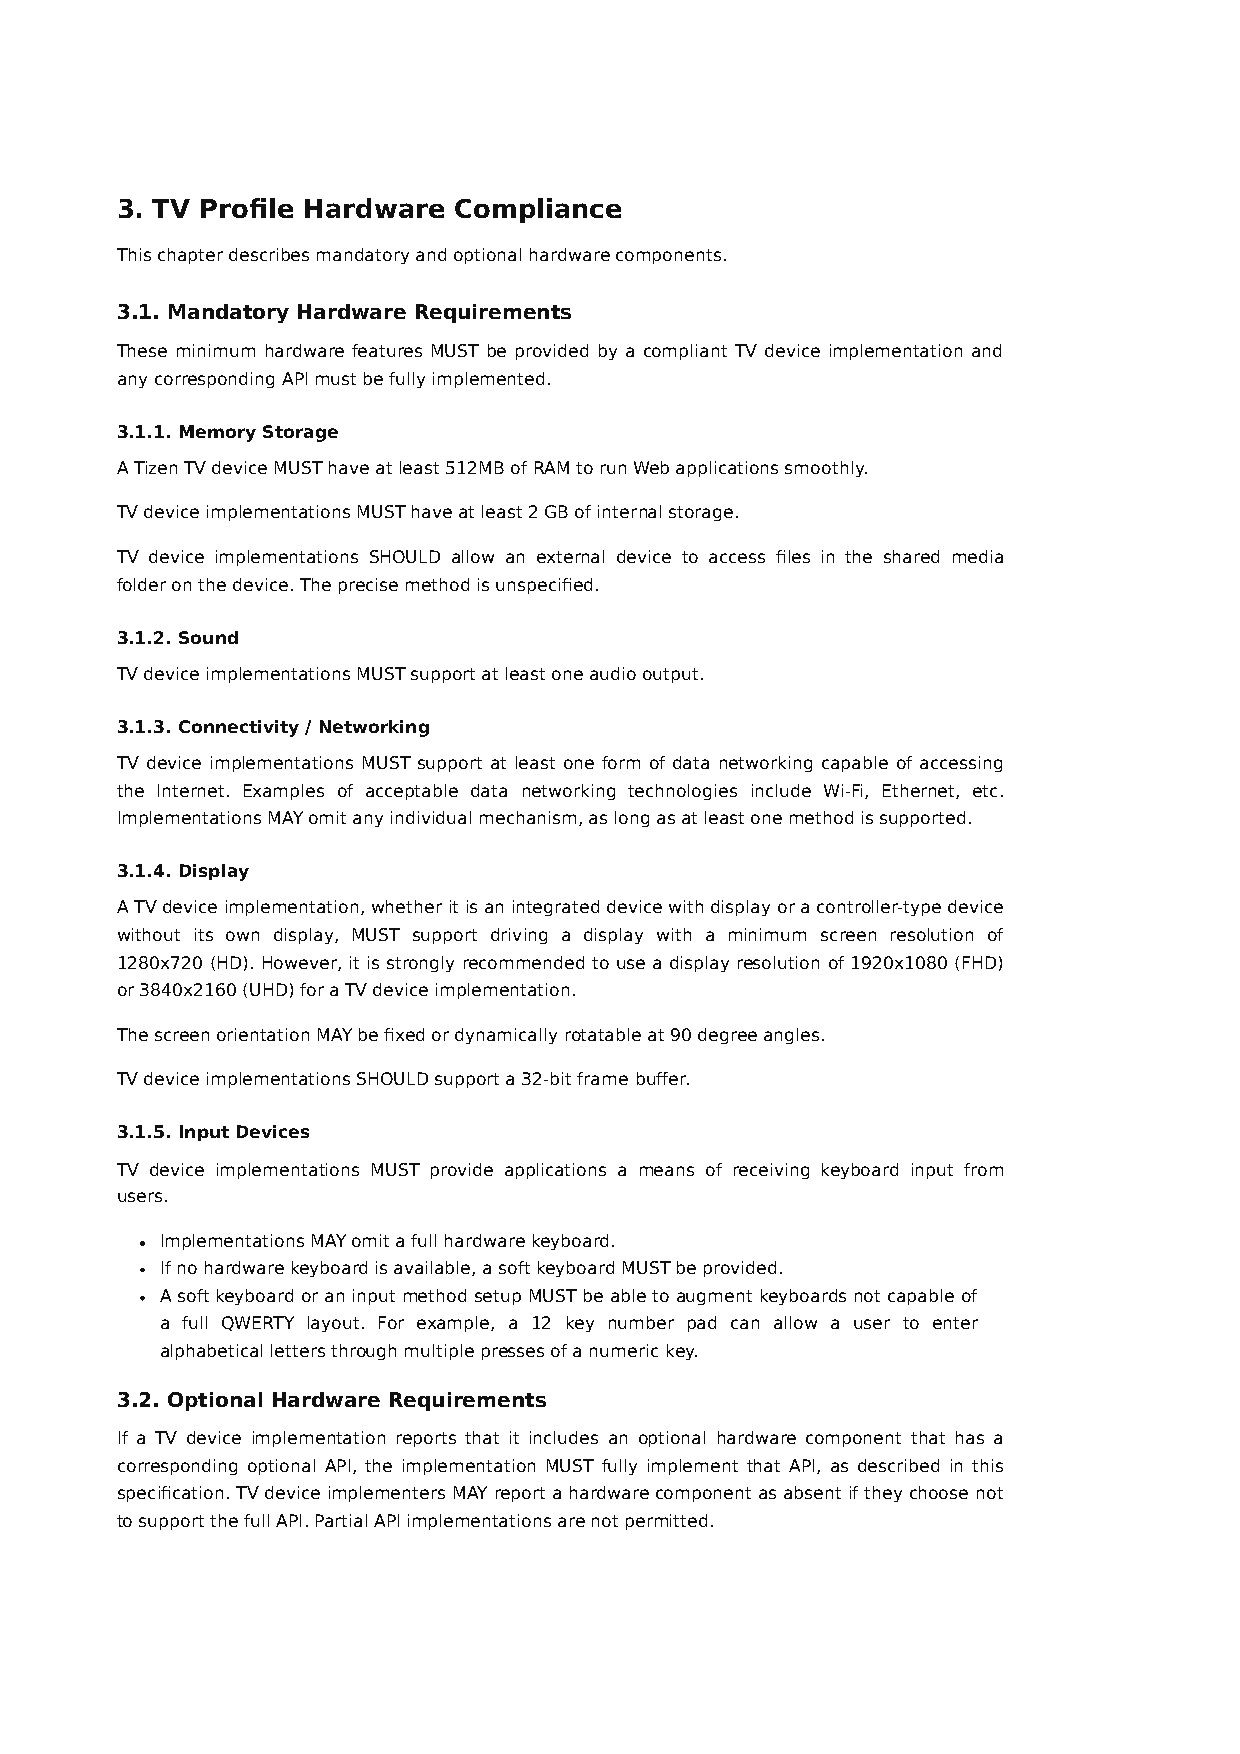
3. TV Profile Hardware Compliance
 This chapter describes mandatory and optional hardware components.
 3.1. Mandatory Hardware Requirements
 These minimum hardware features MUST be provided by a compliant TV device implementation and
 any corresponding API must be fully implemented.
 3.1.1. Memory Storage
 A Tizen TV device MUST have at least 512MB of RAM to run Web applications smoothly.
 TV device implementations MUST have at least 2 GB of internal storage.
 TV device implementations SHOULD allow an external device to access files in the shared media
 folder on the device. The precise method is unspecified.
 3.1.2. Sound
 TV device implementations MUST support at least one audio output.
 3.1.3. Connectivity / Networking
 TV device implementations MUST support at least one form of data networking capable of accessing
 the Internet. Examples of acceptable data networking technologies include Wi-Fi, Ethernet, etc.
 Implementations MAY omit any individual mechanism, as long as at least one method is supported.
 3.1.4. Display
 A TV device implementation, whether it is an integrated device with display or a controller-type device
 without its own display, MUST support driving a display with a minimum screen resolution of
 1280x720 (HD). However, it is strongly recommended to use a display resolution of 1920x1080 (FHD)
 or 3840x2160 (UHD) for a TV device implementation.
 The screen orientation MAY be fixed or dynamically rotatable at 90 degree angles.
 TV device implementations SHOULD support a 32-bit frame buffer.
 3.1.5. Input Devices
 TV device implementations MUST provide applications a means of receiving keyboard input from
 users.
 Implementations MAY omit a full hardware keyboard.
 If no hardware keyboard is available, a soft keyboard MUST be provided.
 A soft keyboard or an input method setup MUST be able to augment keyboards not capable of
 a full QWERTY layout. For example, a 12 key number pad can allow a user to enter
 alphabetical letters through multiple presses of a numeric key.
 3.2. Optional Hardware Requirements
 If a TV device implementation reports that it includes an optional hardware component that has a
 corresponding optional API, the implementation MUST fully implement that API, as described in this
 specification. TV device implementers MAY report a hardware component as absent if they choose not
 to support the full API. Partial API implementations are not permitted.